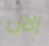
الان